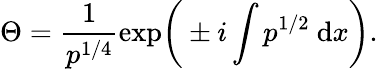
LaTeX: \Theta=\frac{1}{p^{1/4}}\exp\! \bigg(\pm i\int p^{1/2}~\mathrm{d}x\bigg).